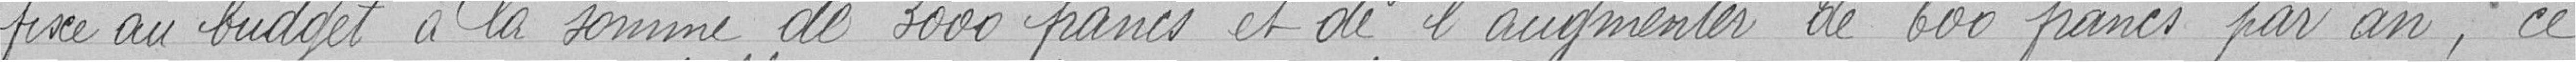
fixé au budget à la somme de 3000 francs et de l'augmenter de 600 francs par an, ce